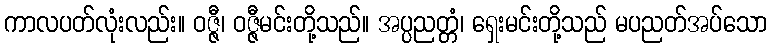
ကာလပတ်လုံးလည်း။ ဝဇ္ဇီ၊ ဝဇ္ဇီမင်းတို့သည်။ အပ္ပညတ္တံ၊ ရှေးမင်းတို့သည် မပညတ်အပ်သော